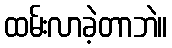
ထမ်းလာခဲ့တာဘဲ။